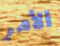
الأمر